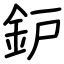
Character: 鈩